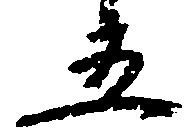
五